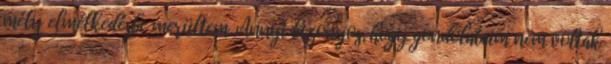
mély elmélkedésbe merültem. Annyi bizonyos, hogy gondolataim nem voltak